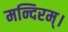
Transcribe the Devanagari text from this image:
मन्दिरम्।